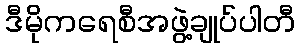
ဒီမိုကရေစီအဖွဲ့ချုပ်ပါတီ